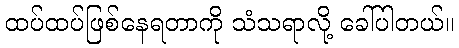
ထပ်ထပ်ဖြစ်နေရတာကို သံသရာလို့ ခေါ်ပါတယ်။